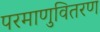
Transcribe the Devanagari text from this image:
परमाणुवितरण